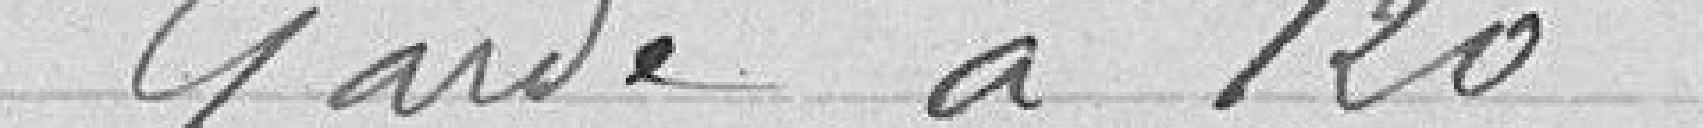
1 garde à 120